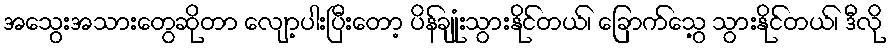
အသွေးအသားတွေဆိုတာ လျော့ပါးပြီးတော့ ပိန်ချုံးသွားနိုင်တယ်၊ ခြောက်သွေ့ သွားနိုင်တယ်၊ ဒီလို